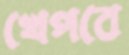
খেপবে